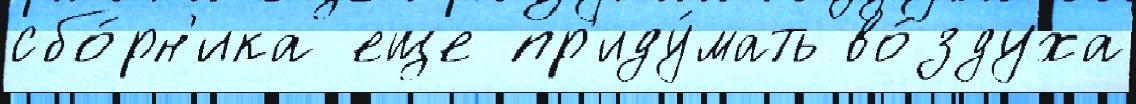
сбо́рн'ика еще пр'иду́мать во́здуха